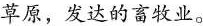
草原，发达的畜牧业。